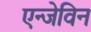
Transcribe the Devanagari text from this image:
एन्जेविन